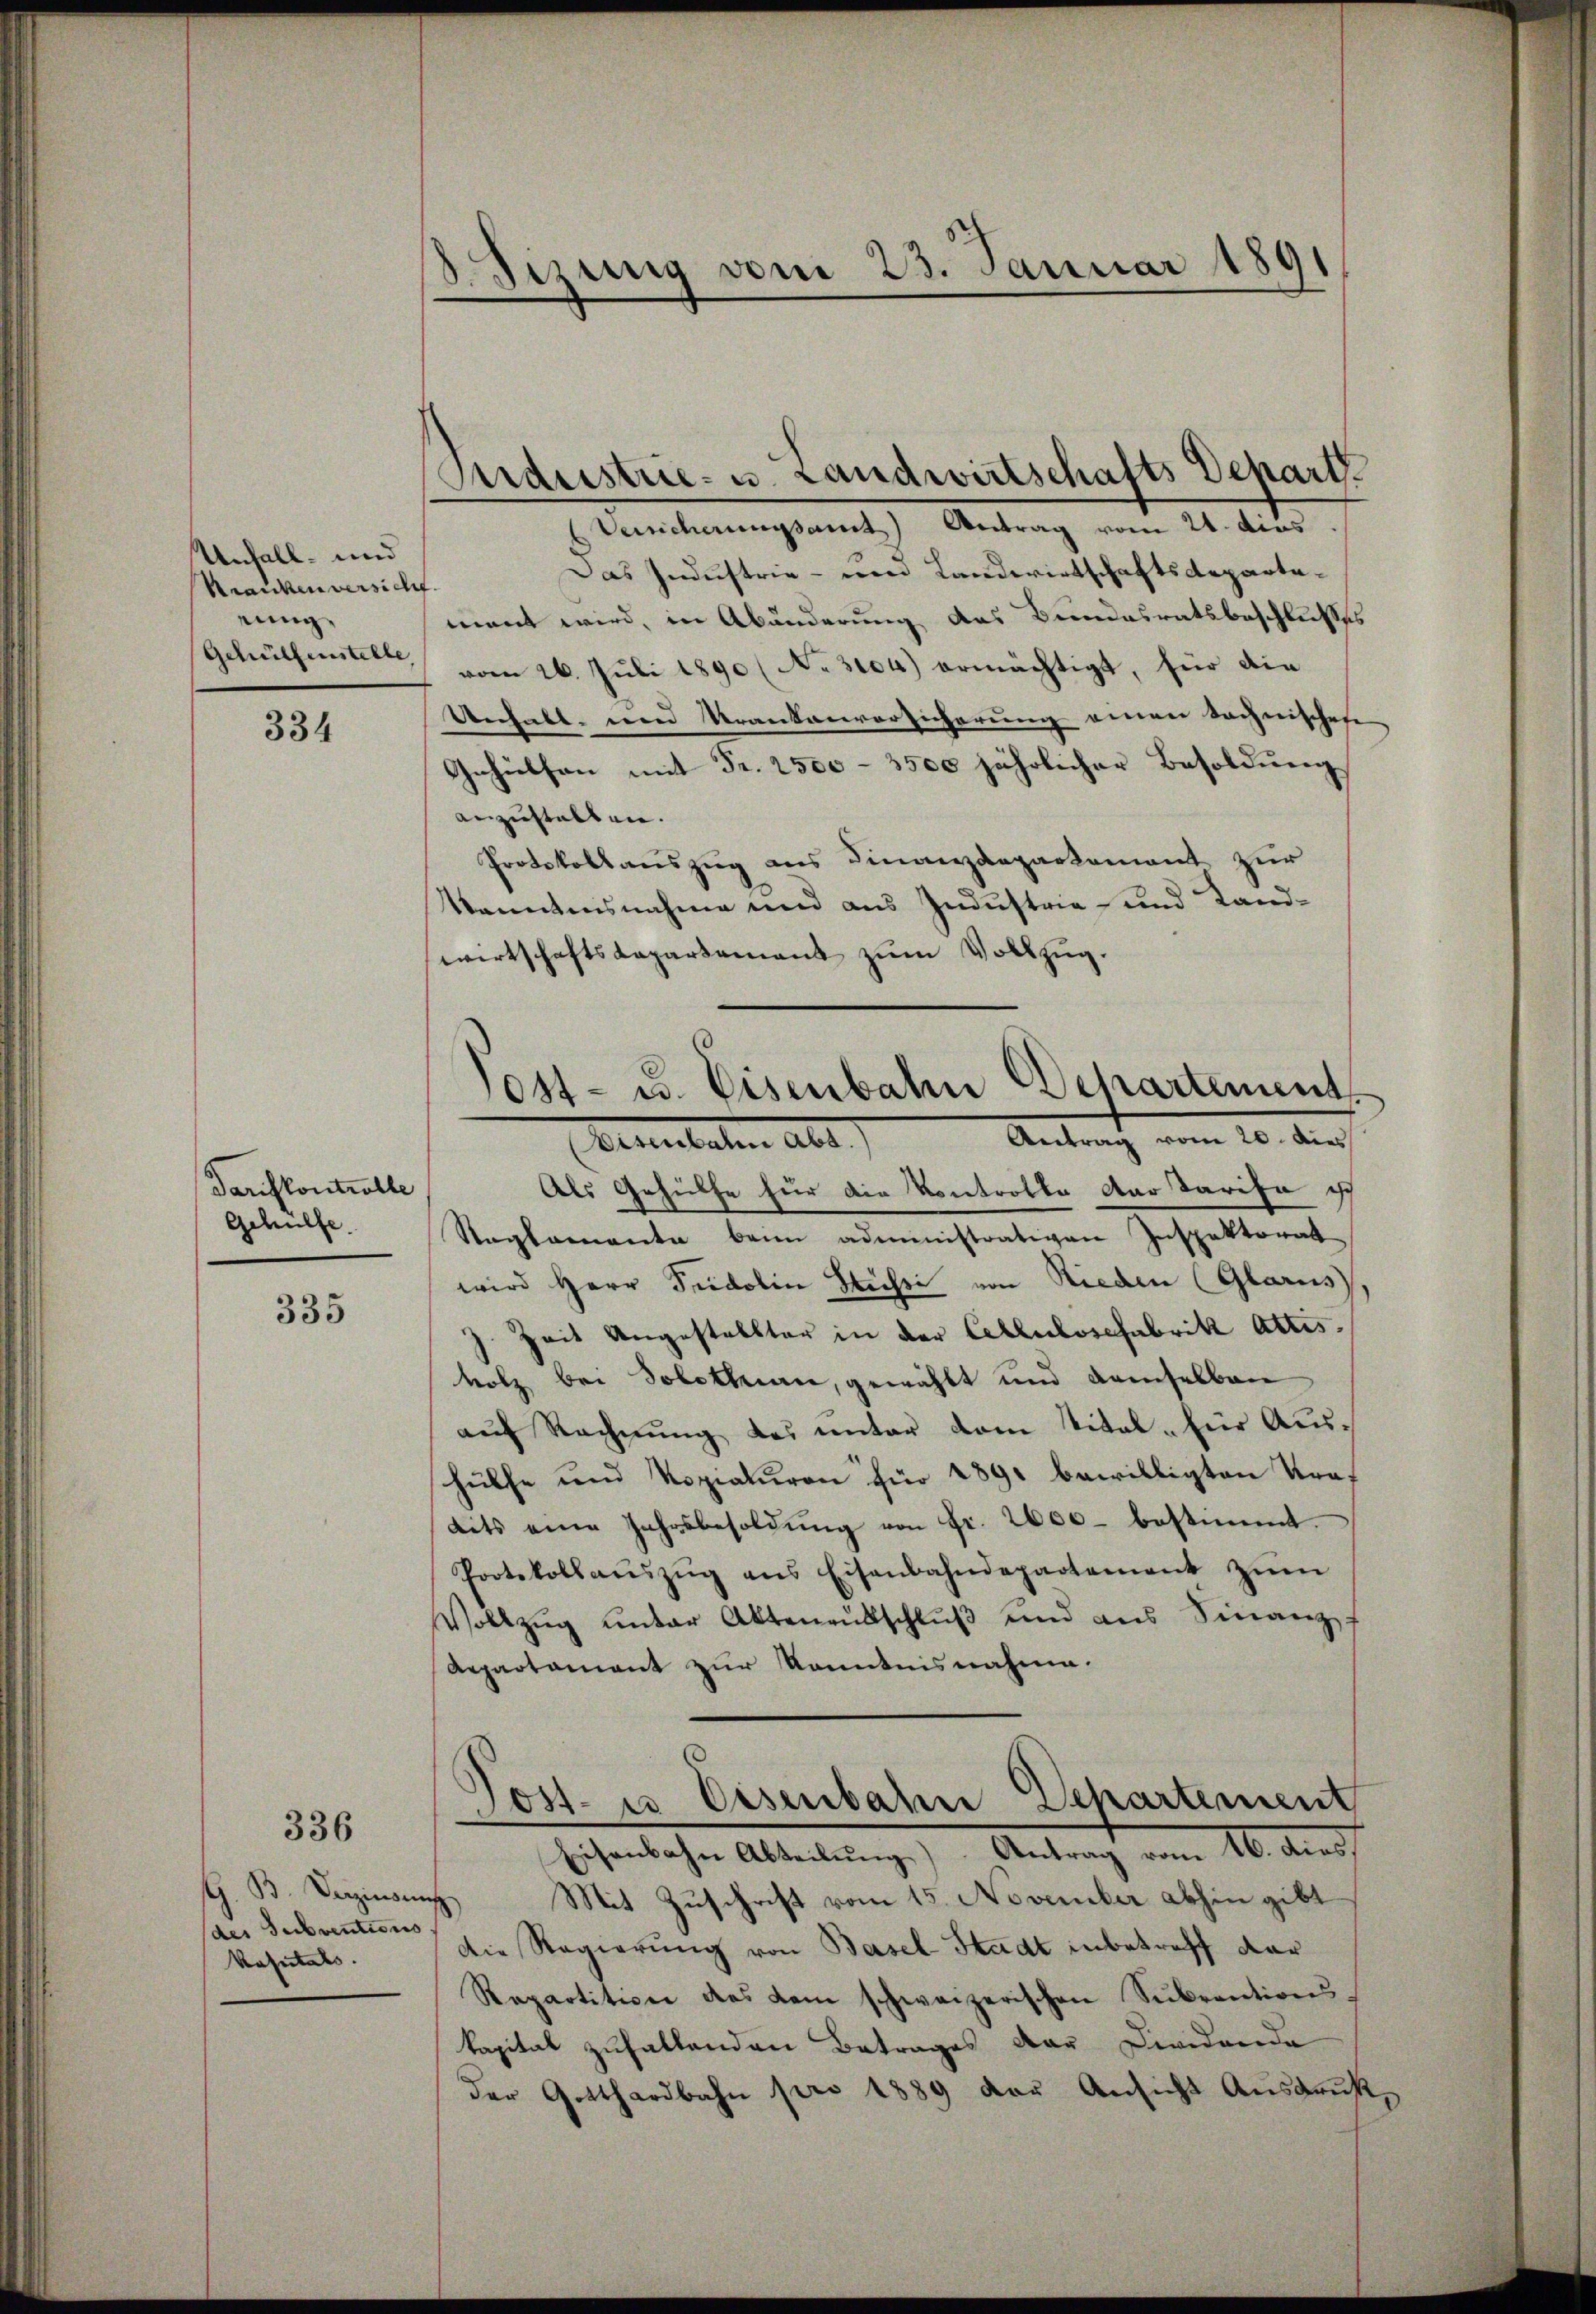
Unfall- und
Kranken versicht.
rig.
Gehülfenstelle

334

Tarifkontrolle
Gehülfe.

335

336

G. B. Verzinsens
des Subventions
Kastals.

izung vom 23. Januar 189

Veicherungsamt Antrag vom 21. dies
Das Industrie - um Landwirtschaftsdepartamant wird, in Abänderung das Bundesratsbeschlusses
vom 26. Juli 1890 (No. 3104) ermächtigt, für die
Unhabt und Krankenversicherung einen tochnischen
Gehülfen mit Fr. 2500 - 3500 jährlicher Besoldung
anzustalten.
Protokollauszug aus Finanzdepartement zur
kanntensnahme und aus Industria- und Landwirtschaftsdepartement zum Vollzug.
Als Gehülfe für die Kontrotte der Tarife ich
Naglamanta beim administrativen Inspektorat
wird Herr Südolin Stühsi von Rieden (Glarus
J. Zeit Angestellter in der Ceblubosefabrik Attis.
holz bei Solothurn, gewählt und demselben
auf Rechnung des unter dem Vital - für Aushülfe und Kopiaturen für 1891 bewilligten Kraf
aits eine Jahrsbesoldŭng von Fr. 2600 bestimmt.
Protokollaŭszŭg ans Eisenbahndepartement zŭm
Vollzug unter Aktenrutschluß und aus Finanz
Aepartament zur Kenntnisnahme.
Jost- u Eisenbahn Departement
Eisenbahn Abteilung) Antrag vom 16. dies.
Mit Zuschrift vom 15. November abhin gibt
Die Regierung von Basel Stadt inbetreff dar
Repartition des dem schweizerischen Sŭbrentionskapital zufallenden Betrages der Dividende
der Gotthardbahn pro 1889 der Ansicht Ausdruck,

Industrie- u. Landwirtschafts Depart

Post- u. Eisenbahn Departement
Antrag vom 20. dies
Herulaten alt.